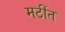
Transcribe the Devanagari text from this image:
मठींत